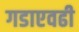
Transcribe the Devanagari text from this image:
गडाएवढी